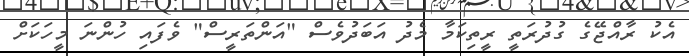
އެކު ރާއްޖޭގެ ގުދުރަތީ ރީތިކަމާ މެދު އަބަދުވެސް "އަންތަރީސް" ވެފައި ހުންނަ މީހަކަށް